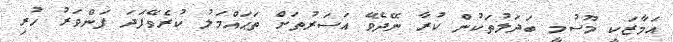
އަމާޒަކީ މޫސުމީ ބަދަލުތަކުން ކުރާ ނޭދެވޭ އަސަރުތަށް ތަޙައްމަލު ކުރެވޭފަދަ ފަންވަރު ހުރި